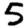
Digit: 5